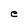
Character: e